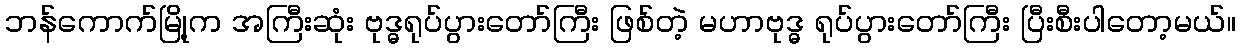
ဘန်ကောက်မြို့က အကြီးဆုံး ဗုဒ္ဓရုပ်ပွားတော်ကြီး ဖြစ်တဲ့ မဟာဗုဒ္ဓ ရုပ်ပွားတော်ကြီး ပြီးစီးပါတော့မယ်။